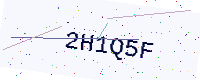
Text: 2H1Q5F